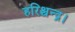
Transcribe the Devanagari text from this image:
हरिश्चन्द्र।